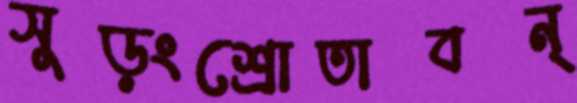
সুড়ংশ্রোতাবন্